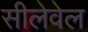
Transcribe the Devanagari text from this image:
सीलेवेल